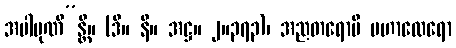
အပါပုဏိ”န္တိ။ (ဒီ။ နိ။ အဋ္ဌ။ ၂။၃၇၃)၊ အညတရောပိ မဟာထေရော